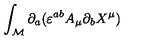
\int _ { \cal M } \partial _ { a } ( \varepsilon ^ { a b } A _ { \mu } \partial _ { b } X ^ { \mu } )